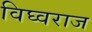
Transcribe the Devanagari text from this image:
विघ्वराज